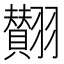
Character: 𮋘